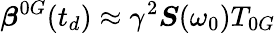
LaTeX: \boldsymbol{\beta}^{0G}(t_{d})\approx\gamma^{2}\boldsymbol{S}(\omega_{0})T_{0G}